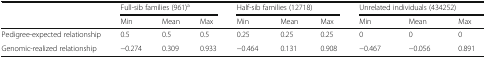
<table><thead><tr><td></td><td colspan="3"><b>Full-sib families (961)<sup>a</sup></b></td><td colspan="3"><b>Half-sib families (12718)</b></td><td colspan="3"><b>Unrelated individuals (434252)</b></td></tr><tr><td></td><td><b>Min</b></td><td><b>Mean</b></td><td><b>Max</b></td><td><b>Min</b></td><td><b>Mean</b></td><td><b>Max</b></td><td><b>Min</b></td><td><b>Mean</b></td><td><b>Max</b></td></tr></thead><tbody><tr><td>Pedigree-expected relationship</td><td>0.5</td><td>0.5</td><td>0.5</td><td>0.25</td><td>0.25</td><td>0.25</td><td>0</td><td>0</td><td>0</td></tr><tr><td>Genomic-realized relationship</td><td>−0.274</td><td>0.309</td><td>0.933</td><td>−0.464</td><td>0.131</td><td>0.908</td><td>−0.467</td><td>−0.056</td><td>0.891</td></tr></tbody></table>